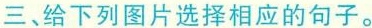
三、给下列图片选择相应的句子.